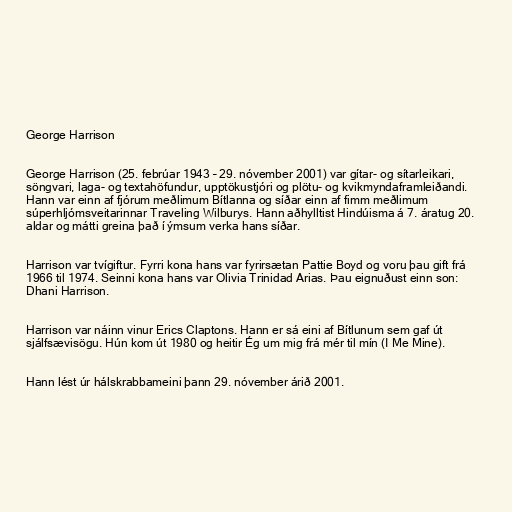
George Harrison

George Harrison (25. febrúar 1943 – 29. nóvember 2001) var gítar- og sítarleikari,
söngvari, laga- og textahöfundur, upptökustjóri og plötu- og kvikmyndaframleiðandi.
Hann var einn af fjórum meðlimum Bítlanna og síðar einn af fimm meðlimum
súperhljómsveitarinnar Traveling Wilburys. Hann aðhylltist Hindúisma á 7. áratug 20.
aldar og mátti greina það í ýmsum verka hans síðar.

Harrison var tvígiftur. Fyrri kona hans var fyrirsætan Pattie Boyd og voru þau gift frá
1966 til 1974. Seinni kona hans var Olivia Trinidad Arias. Þau eignuðust einn son:
Dhani Harrison.

Harrison var náinn vinur Erics Claptons. Hann er sá eini af Bítlunum sem gaf út
sjálfsævisögu. Hún kom út 1980 og heitir Ég um mig frá mér til mín (I Me Mine).

Hann lést úr hálskrabbameini þann 29. nóvember árið 2001.